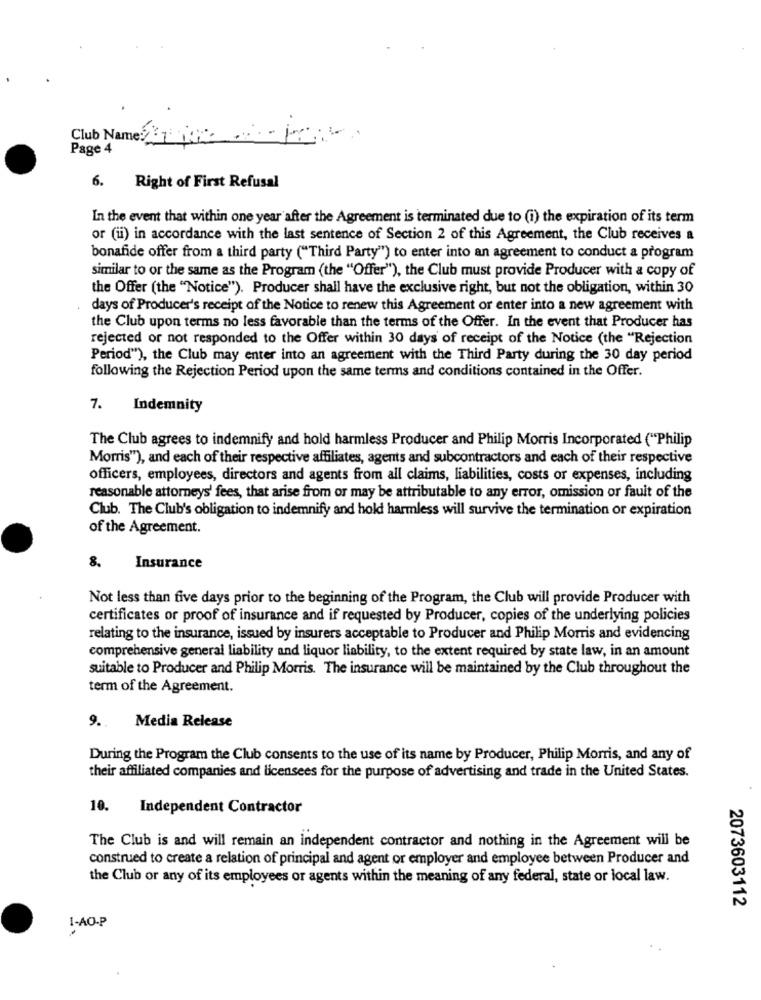
Club Name?
Page 4
6.
Right of First Refusal
In the event that within one year after the Agreement is terminated due to (i) the expiration of its term
or (ii) in accordance with the last sentence of Section 2 of this Agreement, the Club receives a
bonafide offer from a third party ("Third Party") to enter into an agreement to conduct a program
similar to or the same as the Program (the "Offer"), the Club must provide Producer with a copy of
the Offer (the "Notice"). Producer shall have the exclusive right, but not the obligation, within 30
days of Producer's receipt of the Notice to renew this Agreement or enter into a new agreement with
the Club upon terms no less favorable than the terms of the Offer. In the event that Producer has
rejected or not responded to the Offer within 30 days of receipt of the Notice (the "Rejection
Period"), the Club may enter into an agreement with the Third Party during the 30 day period
following the Rejection Period upon the same terms and conditions contained in the Offer.
7. Indemnity
The Club agrees to indemnify and hold harmless Producer and Philip Morris Incorporated ("Philip
Morris"), and each of their respective affiliates, agents and subcontractors and each of their respective
officers, employees, directors and agents from all claims, liabilities, costs or expenses, including
reasonable attorneys' fees, that arise from or may be attributable to any error, omission or fault of the
Club. The Club's obligation to indemnify and hold harmless will survive the termination or expiration
of the Agreement.
8.
Insurance
Not less than five days prior to the beginning of the Program, the Club will provide Producer with
certificates or proof of insurance and if requested by Producer, copies of the underlying policies
relating to the insurance, issued by insurers acceptable to Producer and Philip Morris and evidencing
comprehensive general liability and liquor liability, to the extent required by state law, in an amount
suitable to Producer and Philip Morris. The insurance will be maintained by the Club throughout the
term of the Agreement.
9 .. Media Release
During the Program the Club consents to the use of its name by Producer, Philip Morris, and any of
their affiliated companies and licensees for the purpose of advertising and trade in the United States.
10.
Independent Contractor
The Club is and will remain an independent contractor and nothing in the Agreement will be
construed to create a relation of principal and agent or employer and employee between Producer and
the Club or any of its employees or agents within the meaning of any federal, state or local law.
2073603112
I-AO-P